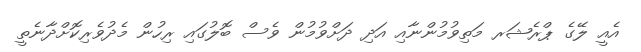
އެއީ ލޭގެ ޕްރެޝަރ މަތިވުމުންނާއި އަދި ދަށްވުމުން ވެސް ބޮލުގައި ރިހުން މެދުވެރިކޮށްދާނެތީ